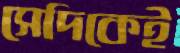
সেদিকেই